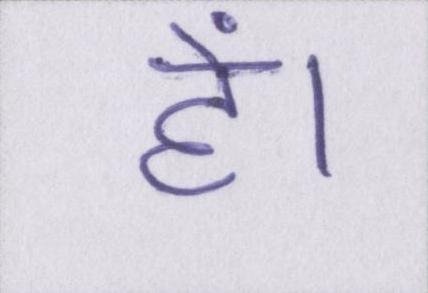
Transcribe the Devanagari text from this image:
हें।